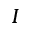
I